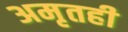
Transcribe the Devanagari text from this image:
अमृतही